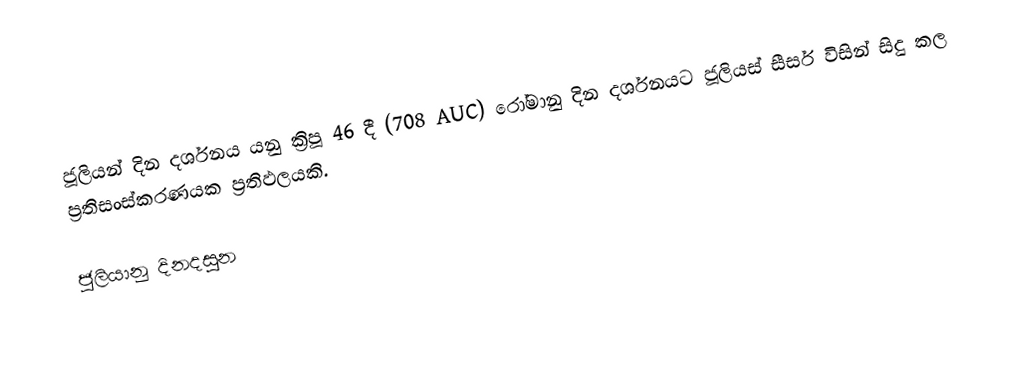
ජූලියන් දින දර්ශනය යනු ක්‍රිපූ 46 දී (708 AUC) රෝමානු දින දර්ශනයට ජූලියස් සීසර් විසින් සිදු කල ප්‍රතිසංස්කරණයක ප්‍රතිඵලයකි.

ජුලියානු දිනදසුන